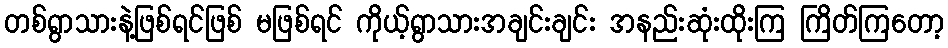
တစ်ရွာသားနဲ့ဖြစ်ရင်ဖြစ် မဖြစ်ရင် ကိုယ့်ရွာသားအချင်းချင်း အနည်းဆုံးထိုးကြ ကြိတ်ကြတော့